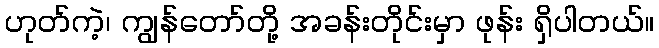
ဟုတ်ကဲ့၊ ကျွန်တော်တို့ အခန်းတိုင်းမှာ ဖုန်း ရှိပါတယ်။